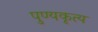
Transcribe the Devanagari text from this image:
पुण्यकृत्य